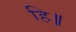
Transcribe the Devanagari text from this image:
हि॥